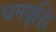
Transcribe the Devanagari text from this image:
धनवृद्धि